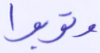
وتوبوا